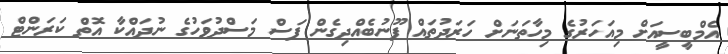
އެމްބީސީއަށް މިއަހަރުގެ މިހާތަނަށް ހަރަދުތައް ފޫނުބެއްދިގެން ފަސް މަސްދުވަހުގެ ނުދައްކާ އޮތް ކަރަންޓް